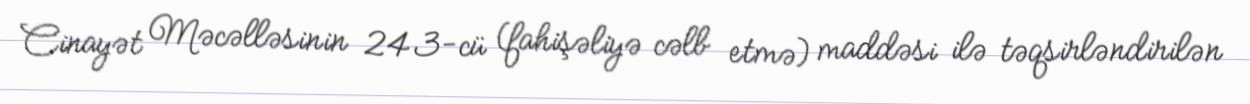
Cinayət Məcəlləsinin 243-cü (fahişəliyə cəlb etmə) maddəsi ilə təqsirləndirilən